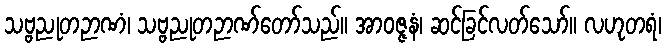
သဗ္ဗညုတဉာဏံ၊ သဗ္ဗညုတဉာဏ်တော်သည်။ အာဝဇ္ဇနံ၊ ဆင်ခြင်လတ်သော်။ လဟုတရံ၊